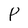
Character: P